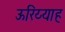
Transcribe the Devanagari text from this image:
ऊरिय्याह